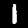
Label: 1